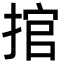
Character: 捾